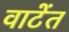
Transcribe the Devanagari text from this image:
वाटेंत